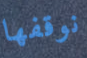
نوقفها